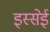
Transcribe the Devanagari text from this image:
इस्सेई